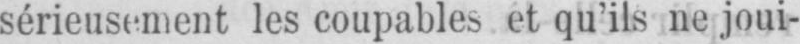
sérieusement les coupables et qu’ils ne joui-